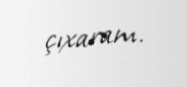
çıxaram.